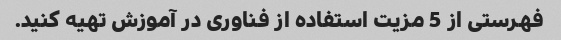
فهرستی از 5 مزیت استفاده از فناوری در آموزش تهیه کنید.